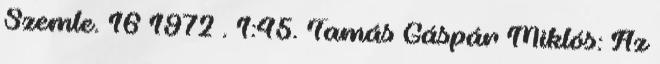
Szemle. 16 1972 . 1:45. Tamás Gáspár Miklós: Az